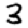
Digit: 3